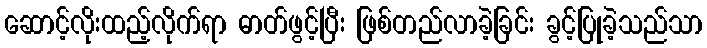
ဆောင့်လိုးထည့်လိုက်ရာ ဓာတ်ဖွင့်ပြီး ဖြစ်တည်လာခဲ့ခြင်း ခွင့်ပြုခဲ့သည်သာ